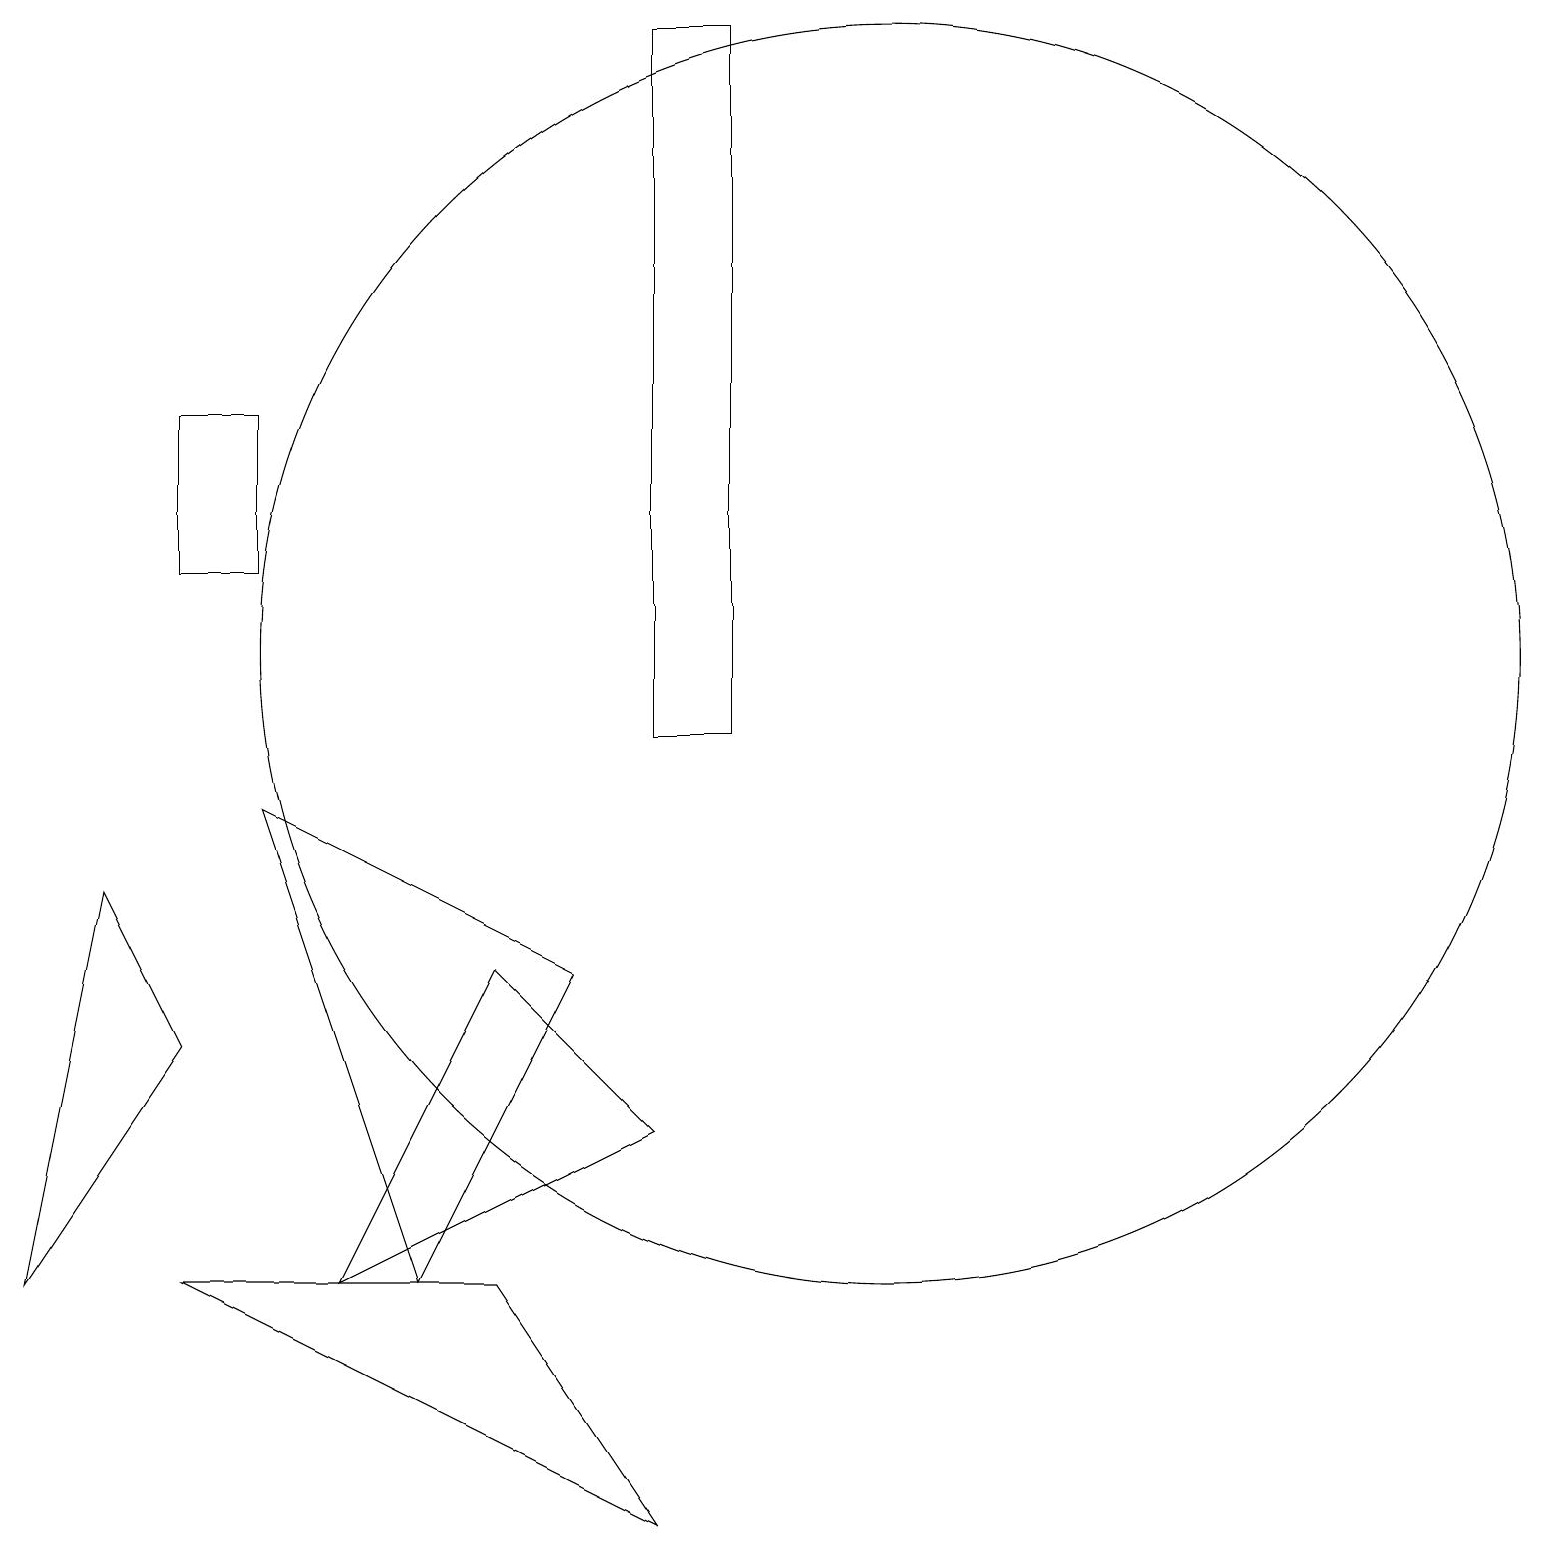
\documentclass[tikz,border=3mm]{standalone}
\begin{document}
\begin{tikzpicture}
\draw (8,5) -- (4,3) -- (6,7) -- cycle;
\draw (0,3) -- (1,8) -- (2,6) -- cycle;
\draw (11,11) circle (8);
\draw (3,9) -- (5,3) -- (7,7) -- cycle;
\draw (2,3) -- (6,3) -- (8,0) -- cycle;
\draw (9,19) rectangle (8,10);
\draw (2,12) rectangle (3,14);
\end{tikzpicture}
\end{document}